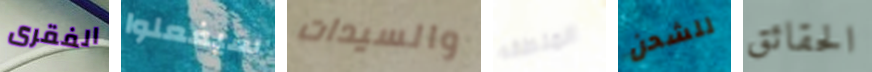
الفقرى سيفعلوا والسيدات المنطقه للشحن الحقائق